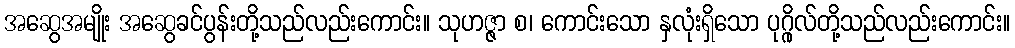
အဆွေအမျိုး အဆွေခင်ပွန်းတို့သည်လည်းကောင်း။ သုဟဇ္ဇာ စ၊ ကောင်းသော နှလုံးရှိသော ပုဂ္ဂိုလ်တို့သည်လည်းကောင်း။